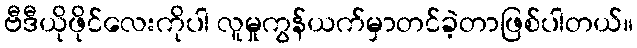
ဗီဒီယိုဖိုင်လေးကိုပါ လူမှုကွန်ယက်မှာတင်ခဲ့တာဖြစ်ပါတယ်။